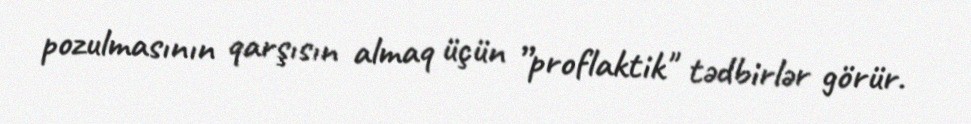
pozulmasının qarşısın almaq üçün ”proflaktik" tədbirlər görür.